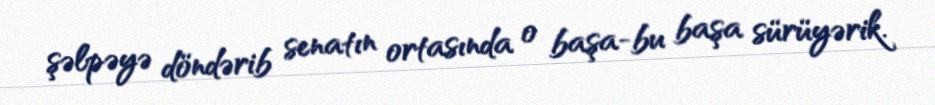
şəlpəyə döndərib senatın ortasında o başa-bu başa sürüyərik.